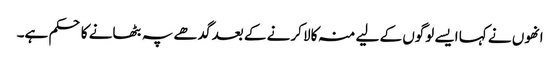
انھوں نے کہا ایسے لوگوں کے لیے منہ کالا کرنے کے بعد گدھے پہ بٹھانے کا حکم ہے۔